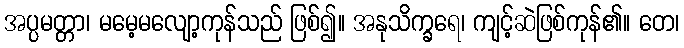
အပ္ပမတ္တာ၊ မမေ့မလျော့ကုန်သည် ဖြစ်၍။ အနုသိက္ခရေ၊ ကျင့်ဆဲဖြစ်ကုန်၏။ တေ၊